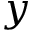
y